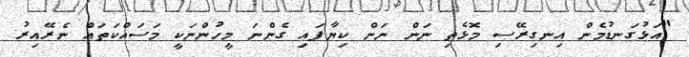
"އަޅުގަނޑުމެން އިނގިރޭސި މޮޅެތި ނަން ނަން ކިޔާފައި ގެންނަ މީހުންނަކީ މަސައްކަތައް ނެރޭއިރު